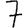
Digit: 7